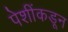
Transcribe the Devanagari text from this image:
पेशींकडून